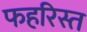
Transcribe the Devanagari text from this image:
फहरिस्त